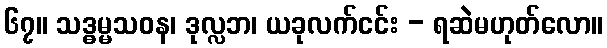
၆၇။ သဒ္ဓမ္မသဝန၊ ဒုလ္လဘ၊ ယခုလက်ငင်း - ရဆဲမဟုတ်လော။